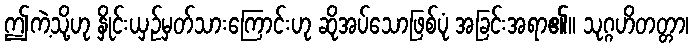
ဤကဲ့သို့ဟု နှိုင်းယှဉ်မှတ်သားကြောင်းဟု ဆိုအပ်သောဖြစ်ပုံ အခြင်းအရာ၏။ သုဂ္ဂဟိတတ္တာ၊